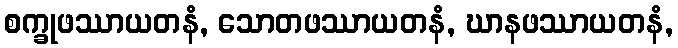
စက္ခုဖဿာယတနံ, သောတဖဿာယတနံ, ဃာနဖဿာယတနံ,